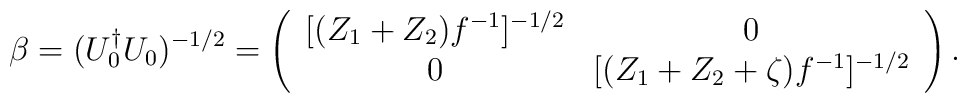
\beta=(U_0^\dag U_0)^{-1/2}=\left(\begin{array}{cc}[(Z_1+Z_2)f^{-1}]^{-1/2} & 0 \\ 0 & [(Z_1+Z_2+\zeta)f^{-1}]^{-1/2} \end{array}\right).